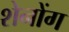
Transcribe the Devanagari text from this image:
शेनोंग